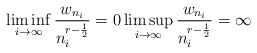
\begin{align*}\liminf_{i\to\infty}\frac{w_{n_i}}{n_i^{r-\frac{1}{2}}} = 0 \limsup_{i\to\infty}\frac{w_{n_i}}{n_i^{r-\frac{1}{2}}} = \infty\end{align*}